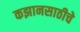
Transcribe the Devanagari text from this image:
कझानसाठीचे